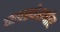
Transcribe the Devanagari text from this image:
व्यवस्थेसमोर